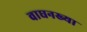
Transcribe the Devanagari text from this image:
वाघनख्या